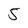
Character: 5